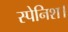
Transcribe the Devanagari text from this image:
स्पेनिश।